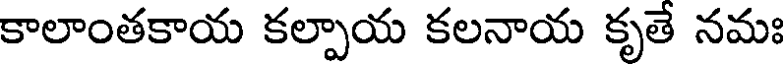
కాలాంతకాయ కల్పాయ కలనాయ కృతే నమః